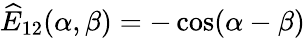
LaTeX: {\widehat E}_{12}(\alpha,\beta)=-\cos(\alpha-\beta)